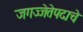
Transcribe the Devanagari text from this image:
जगज्जेतेपदाचे